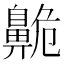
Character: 𪖡